Source: Handwritten
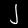
Digit: ၂ (2)